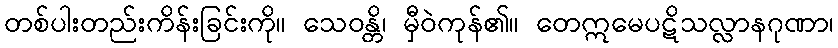
တစ်ပါးတည်းကိန်းခြင်းကို။ သေဝန္တိ၊ မှီဝဲကုန်၏။ တေဣမေပဋိသလ္လာနဂုဏာ၊